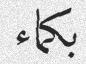
بكماء